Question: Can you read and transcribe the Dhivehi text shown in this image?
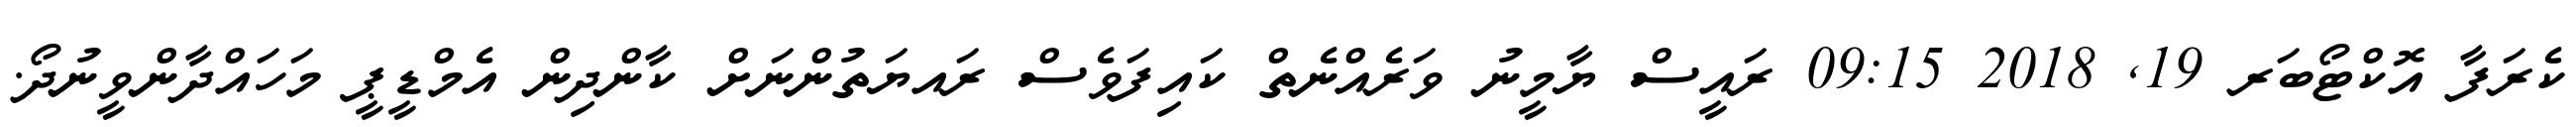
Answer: ކެރަފާ އޮކްޓޯބަރ 19, 2018 09:15 ރައީސް ޔާމީނު ވަރެއްނެތް ކައިފަވެސް ރައޔަތުންނަށް ކާންދިން އެމްޑީޕީ މަހައްދާންވީނުދޯ.